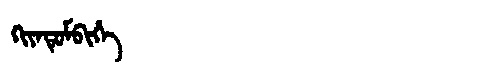
Manchu: ᡴᡳᠶᠠᡨᡠᠮᠪᡳᡥᡝ
Romanization: KIYATUMBIHE